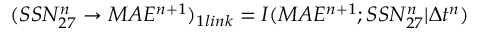
\large ( S S N _ { 2 7 } ^ { n } \rightarrow M A E ^ { n + 1 } \large ) _ { 1 l i n k } = I ( M A E ^ { n + 1 } ; S S N _ { 2 7 } ^ { n } | \Delta t ^ { n } )